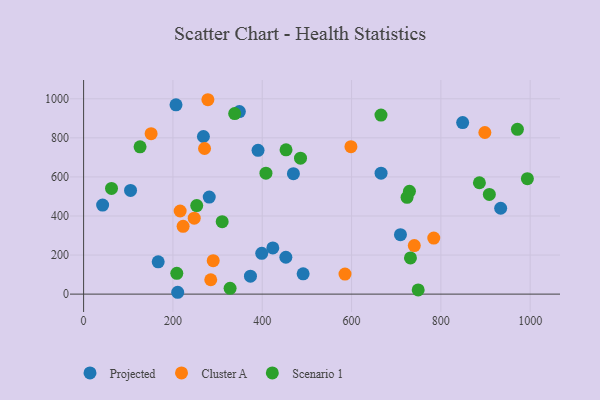
{"axis": {"x": "Experience", "y": "Fuel Efficiency"}, "legend": ["Cluster A", "Projected", "Scenario 1"], "data": [{"x": "933.9", "y": 439.6, "type": "Projected"}, {"x": "469.8", "y": 616.4, "type": "Projected"}, {"x": "452.9", "y": 188.6, "type": "Projected"}, {"x": "268.3", "y": 806.8, "type": "Projected"}, {"x": "709.5", "y": 304.1, "type": "Projected"}, {"x": "666.1", "y": 619.0, "type": "Projected"}, {"x": "105.1", "y": 530.7, "type": "Projected"}, {"x": "210.7", "y": 9.4, "type": "Projected"}, {"x": "423.7", "y": 236.6, "type": "Projected"}, {"x": "167.0", "y": 165.4, "type": "Projected"}, {"x": "348.8", "y": 934.7, "type": "Projected"}, {"x": "491.6", "y": 103.7, "type": "Projected"}, {"x": "42.6", "y": 455.6, "type": "Projected"}, {"x": "206.9", "y": 969.3, "type": "Projected"}, {"x": "848.8", "y": 878.3, "type": "Projected"}, {"x": "398.9", "y": 208.8, "type": "Projected"}, {"x": "373.6", "y": 92.0, "type": "Projected"}, {"x": "390.6", "y": 735.9, "type": "Projected"}, {"x": "281.3", "y": 496.7, "type": "Projected"}, {"x": "585.3", "y": 102.8, "type": "Cluster A"}, {"x": "247.7", "y": 388.8, "type": "Cluster A"}, {"x": "270.8", "y": 745.5, "type": "Cluster A"}, {"x": "598.6", "y": 754.9, "type": "Cluster A"}, {"x": "740.5", "y": 248.3, "type": "Cluster A"}, {"x": "216.2", "y": 425.4, "type": "Cluster A"}, {"x": "151.2", "y": 821.5, "type": "Cluster A"}, {"x": "278.3", "y": 995.2, "type": "Cluster A"}, {"x": "784.1", "y": 287.0, "type": "Cluster A"}, {"x": "898.5", "y": 827.3, "type": "Cluster A"}, {"x": "290.2", "y": 171.3, "type": "Cluster A"}, {"x": "222.8", "y": 347.0, "type": "Cluster A"}, {"x": "284.7", "y": 73.6, "type": "Cluster A"}, {"x": "408.3", "y": 619.3, "type": "Scenario 1"}, {"x": "310.3", "y": 371.1, "type": "Scenario 1"}, {"x": "253.3", "y": 453.5, "type": "Scenario 1"}, {"x": "993.7", "y": 591.0, "type": "Scenario 1"}, {"x": "338.3", "y": 924.1, "type": "Scenario 1"}, {"x": "208.7", "y": 106.4, "type": "Scenario 1"}, {"x": "908.5", "y": 510.5, "type": "Scenario 1"}, {"x": "485.7", "y": 695.8, "type": "Scenario 1"}, {"x": "729.6", "y": 526.4, "type": "Scenario 1"}, {"x": "731.9", "y": 185.1, "type": "Scenario 1"}, {"x": "126.4", "y": 754.3, "type": "Scenario 1"}, {"x": "749.2", "y": 21.4, "type": "Scenario 1"}, {"x": "886.3", "y": 570.2, "type": "Scenario 1"}, {"x": "62.5", "y": 540.9, "type": "Scenario 1"}, {"x": "328.0", "y": 29.7, "type": "Scenario 1"}, {"x": "665.9", "y": 916.5, "type": "Scenario 1"}, {"x": "971.4", "y": 843.9, "type": "Scenario 1"}, {"x": "724.3", "y": 495.6, "type": "Scenario 1"}, {"x": "453.3", "y": 738.5, "type": "Scenario 1"}]}